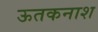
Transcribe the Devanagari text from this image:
ऊतकनाश